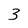
Character: 3